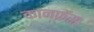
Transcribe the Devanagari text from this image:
कानफ्रेंस